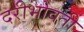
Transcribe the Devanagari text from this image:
दरीभोवती